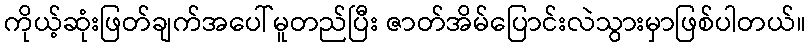
ကိုယ့်ဆုံးဖြတ်ချက်အပေါ်မူတည်ပြီး ဇာတ်အိမ်ပြောင်းလဲသွားမှာဖြစ်ပါတယ်။